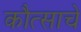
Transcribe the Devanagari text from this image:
कौत्साचे